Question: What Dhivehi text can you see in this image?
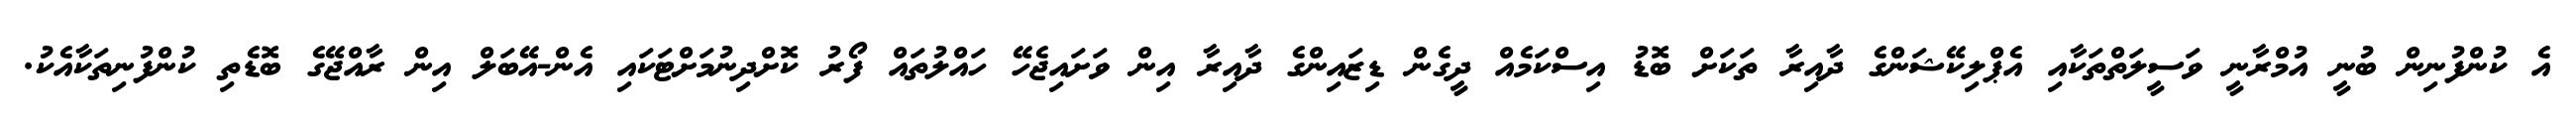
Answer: އެ ކުންފުނިން ބުނީ އުމްރާނީ ވަސީލަތްތަކާއި އެޕްލިކޭޝަންގެ ދާއިރާ ތަކަށް ބޮޑު އިސްކަމެއް ދީގެން ޑިޒައިންގެ ދާއިރާ އިން ވަށައިޖެހޭ ހައްލުތައް ފޯރު ކޮށްދިނުމަށްޓަކައި އެން-އޭބަލް އިން ރާއްޖޭގެ ބޮޑެތި ކުންފުނިތަކާއެކު.